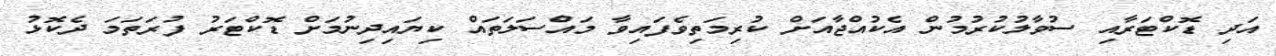
އަދި ޑޮކްޓަރާއި ސުވާލުކުރުމުން އެކުއްޖާއަށް ކުރިމަތިވެފައިވާ މައްސަލަތައް ކިޔައިދިނުމަށް ޑޮކްޓަރު ފުރަތަމަ ދެކޮޅު